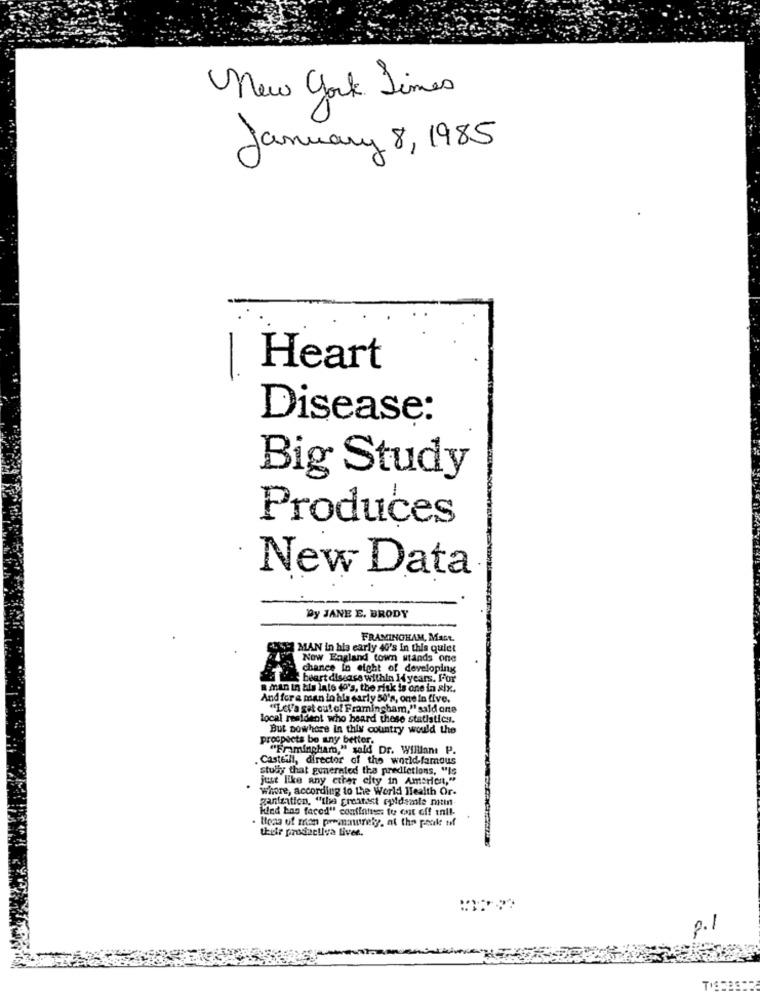
New York Times
January 8, 1985
Heart
-
Disease:
Big Study
Produces
New Data
Dy JANE E. BRODY
FRAMINGHAM, MaGt.
MAN in his early 40's in this quiet
Now England town stands one
chance in eight of developing
heart disease within 14 years. For
a man in bis late (o's, the risk is one in six.
And for a man in hla early 50's, one in five.
"Let's get out of Framingham," sald one
local resident who heard these statistics.
But nowhere in this country would the
procpsets be any better.
"Framingham," said Dr. Willlan: P.
. Casteill, director of the world-famous
study that generated the predictions, "is
just like any ctter city in AmsHen,"
where, according to the World Health Or-
gantzation, "the greatest epidemie men-
Kind bas faced" confintus: to cut off til-
their prodactiva Livee.
p.1
TI